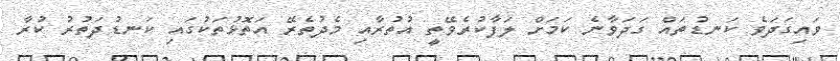
ވައިގަދަވެ ކަނޑުތައް ގަދަވާނެ ކަމަށް ލަފާކުރެވޭތީ އުތުރާއި މެދުތެރޭ އަތޮޅުތަކުގައި ކަނޑުދަތުރު ކުރާ